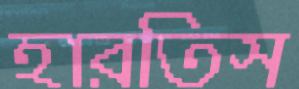
হারতিস